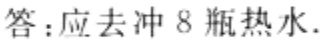
答：应去冲 8 瓶热水.